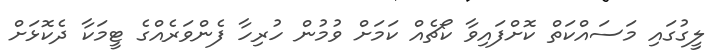
ލީގުގައި މަސައްކަތް ކޮށްފައިވާ ކޯޗެއް ކަމަށް ވުމުން ހުރިހާ ފެންވަރެއްގެ ޓީމަކާ ދެކޮޅަށް